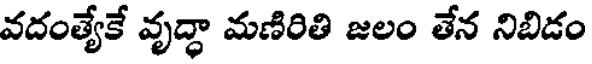
వదంత్యేకే వృద్ధా మణిరితి జలం తేన నిబిడం